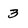
Character: 3